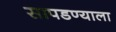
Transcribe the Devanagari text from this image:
सापडण्याला